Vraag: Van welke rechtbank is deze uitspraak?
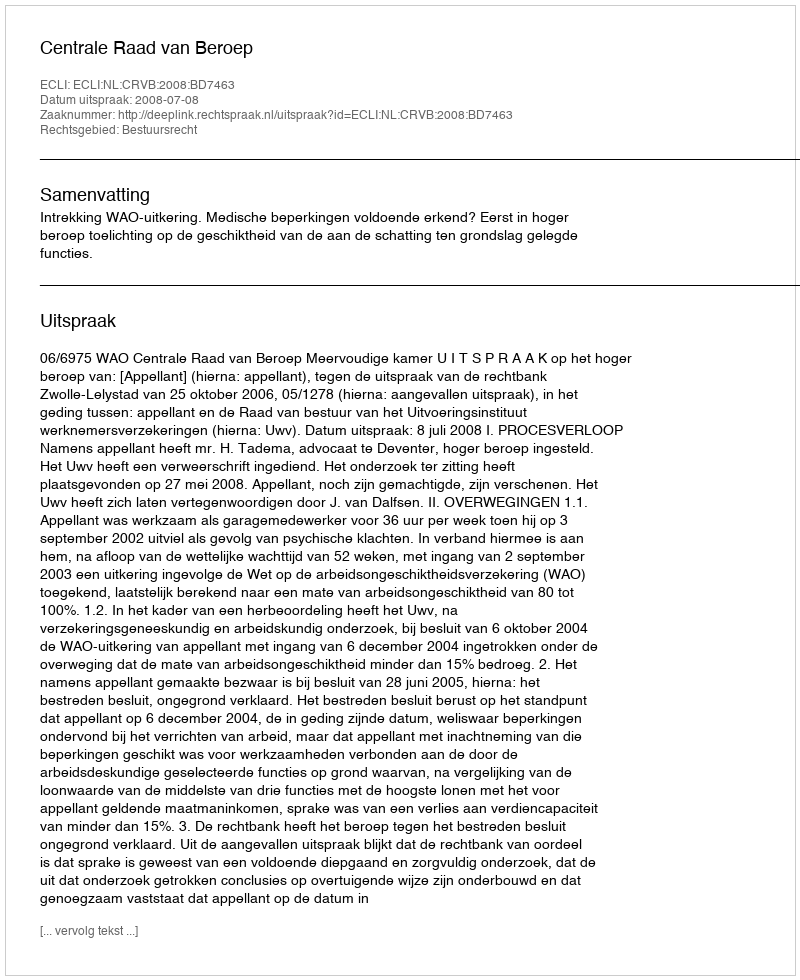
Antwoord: Centrale Raad van Beroep